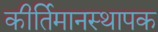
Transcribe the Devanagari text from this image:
कीर्तिमानस्थापक